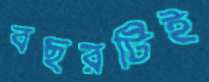
বছরটিই